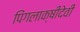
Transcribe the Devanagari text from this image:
पिंगलाक्षीदेवी